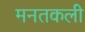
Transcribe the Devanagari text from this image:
मनतकली